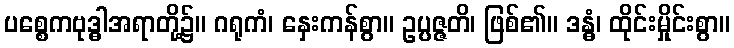
ပစ္စေကဗုဒ္ဓါအရာတို့၌။ ဂရုကံ၊ နှေးကန်စွာ။ ဥပ္ပဇ္ဇတိ၊ ဖြစ်၏။ ဒန္ဓံ၊ ထိုင်းမှိုင်းစွာ။